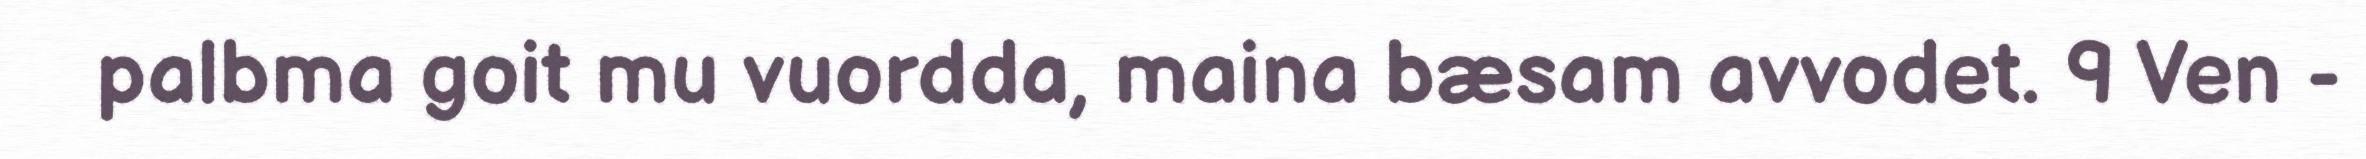
palbma goit mu vuordda, maina bæsam avvodet. 9 Ven -